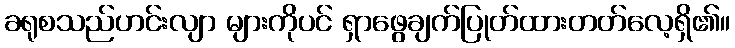
ခရုစသည်ဟင်းလျာ များကိုပင် ရှာဖွေချက်ပြုတ်ထားတတ်လေ့ရှိ၏။